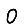
Digit: 0